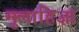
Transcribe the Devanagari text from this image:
मुलाहिज़ा